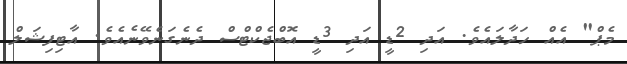
މެޕް" އެއް ހަދާލައެވެ. އަދި 2ޑީ އަދި 3ޑީ އޮބްޖެކްޓްސް ދެނެގަނެވޭނެއެވެ. އާޓިފިޝަލް